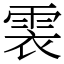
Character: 𩂱